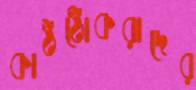
কাঠঠোকরাদের